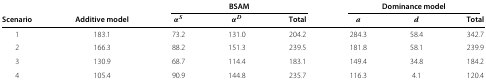
<table><thead><tr><td>[EMPTY_CELL]</td><td>[EMPTY_CELL]</td><td colspan="3"><b>BSAM</b></td><td colspan="3"><b>Dominance model</b></td></tr><tr><td><b>Scenario</b></td><td><b>Additive model</b></td><td><b><i>α</i><sup><i>S</i></sup></b></td><td><b><i>α</i><sup><i>D</i></sup></b></td><td><b>Total</b></td><td><b><i>a</i></b></td><td><b>d</b></td><td><b>Total</b></td></tr></thead><tbody><tr><td>1</td><td>183.1</td><td>73.2</td><td>131.0</td><td>204.2</td><td>284.3</td><td>58.4</td><td>342.7</td></tr><tr><td>2</td><td>166.3</td><td>88.2</td><td>151.3</td><td>239.5</td><td>181.8</td><td>58.1</td><td>239.9</td></tr><tr><td>3</td><td>130.9</td><td>68.7</td><td>114.4</td><td>183.1</td><td>149.4</td><td>34.8</td><td>184.2</td></tr><tr><td>4</td><td>105.4</td><td>90.9</td><td>144.8</td><td>235.7</td><td>116.3</td><td>4.1</td><td>120.4</td></tr></tbody></table>